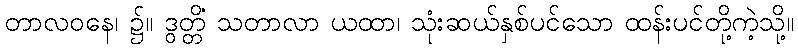
တာလဝနေ၊ ၌။ ဒွတ္တိံ သတာလာ ယထာ၊ သုံးဆယ်နှစ်ပင်သော ထန်းပင်တို့ကဲ့သို့။